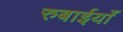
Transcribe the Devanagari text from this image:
रुबाईयाँ